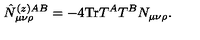
\hat { N } _ { \mu \nu \rho } ^ { ( z ) A B } = - 4 \mathrm { T r } T ^ { A } T ^ { B } N _ { \mu \nu \rho } .